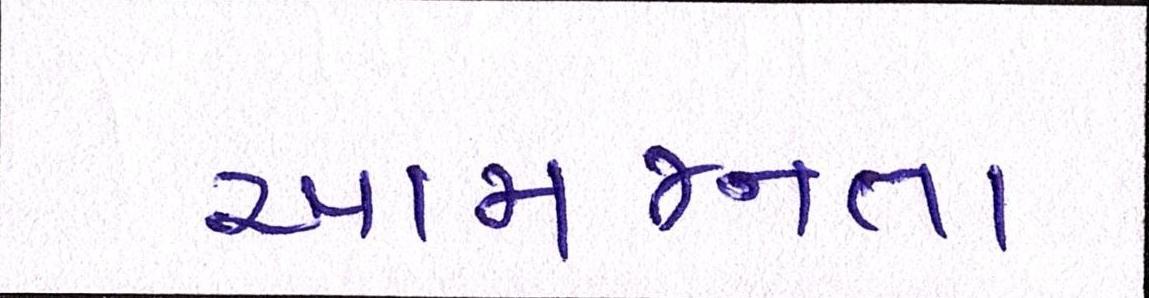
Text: આમજનતા